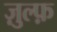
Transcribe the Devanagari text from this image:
ज़ुल्फ़